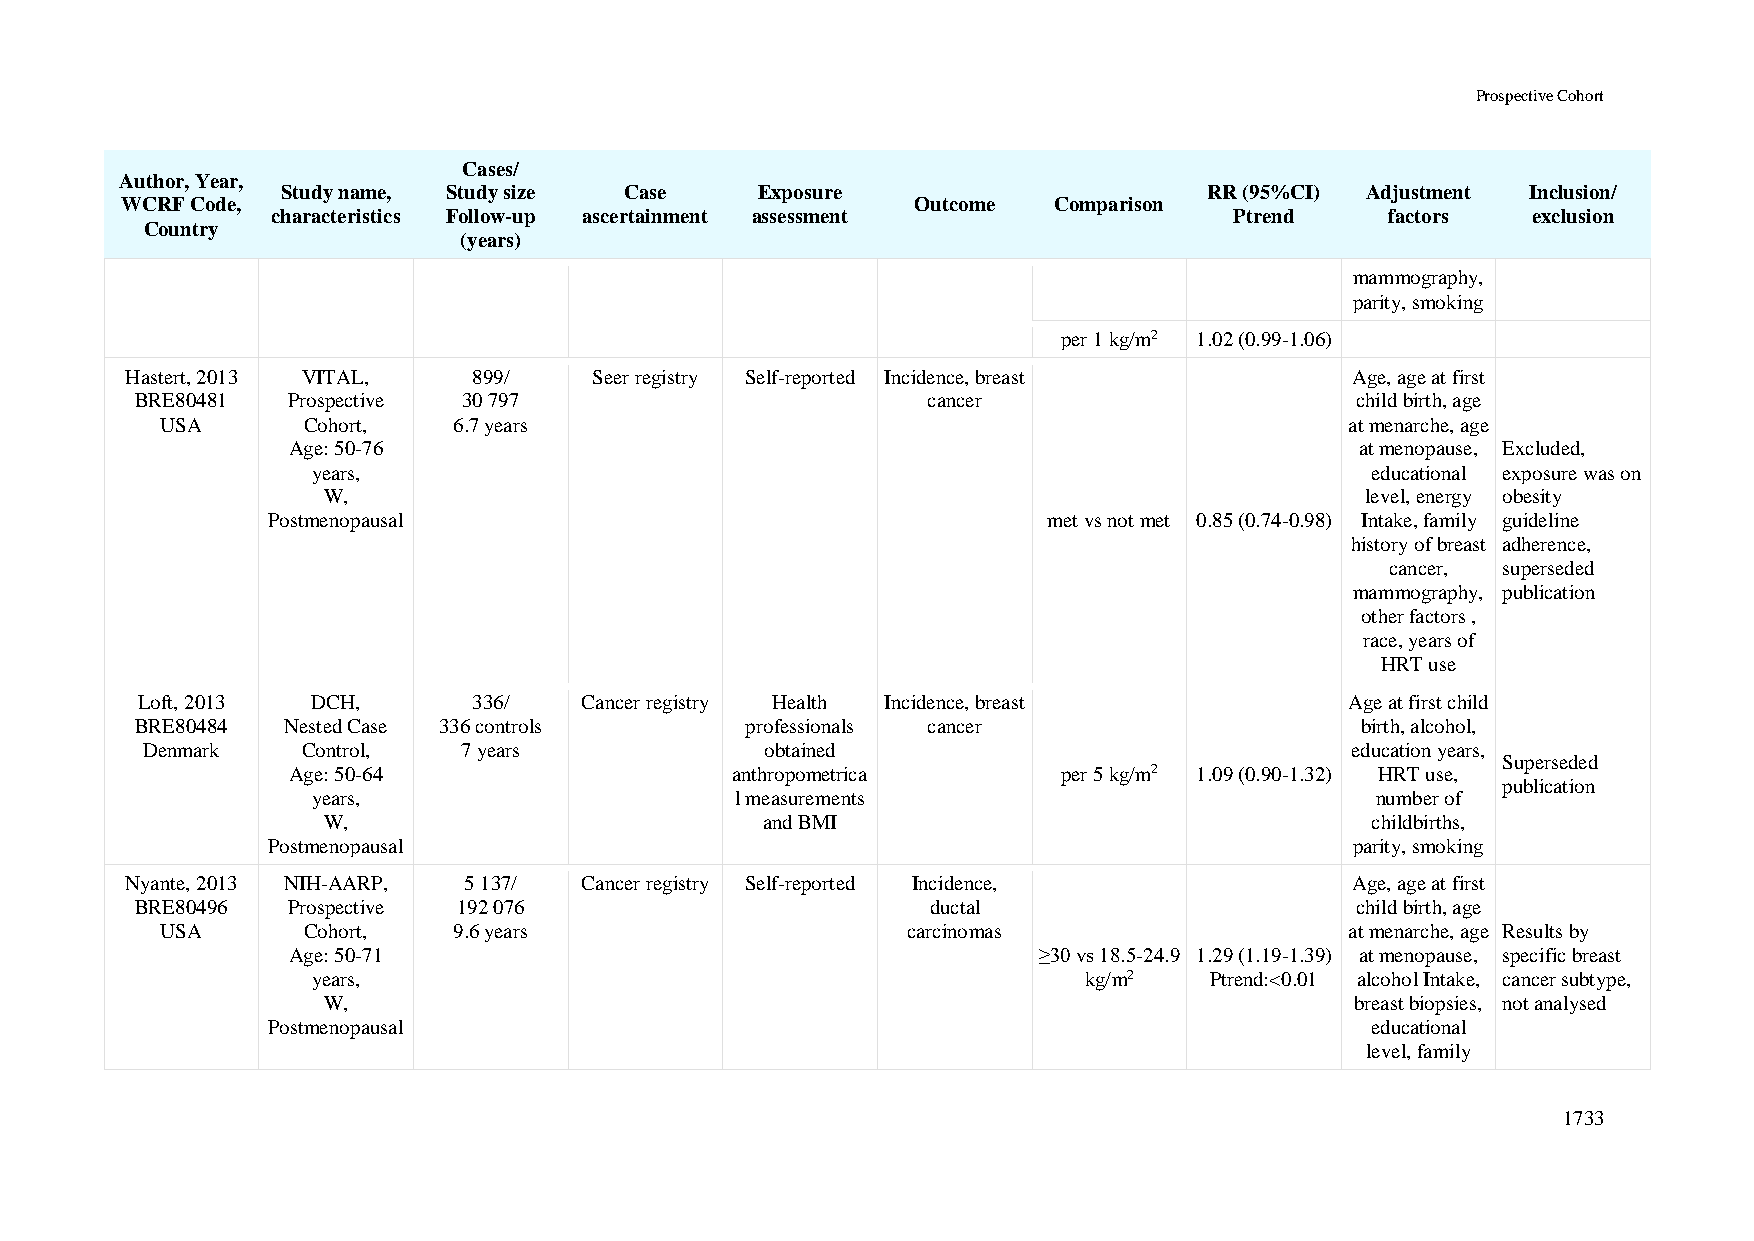
Prospective Cohort
 Cases/
 Author, Year,
 Study name, Study size Case    Exposure                      RR (95%CI) Adjustment Inclusion/
 WCRF Code,                                           Outcome  Comparison
 characteristics Follow-up ascertainment assessment              Ptrend    factors  exclusion
 Country
 (years)
 mammography,
 parity, smoking
 per 1 kg/m2 1.02 (0.99-1.06)
 Hastert, 2013 VITAL,   899/    Seer registry Self-reported Incidence, breast      Age, age at first
 BRE80481  Prospective 30 797                        cancer                       child birth, age
 USA      Cohort,   6.7 years                                                  at menarche, age
 Age: 50-76                                                             at menopause, Excluded,
 years,                                                                educational exposure was on
 W,                                                                   level, energy obesity
 Postmenopausal                                     met vs not met 0.85 (0.74-0.98) Intake, family guideline
 history of breast adherence,
 cancer, superseded
 mammography, publication
 other factors ,
 race, years of
 HRT use
 Loft, 2013  DCH,      336/   Cancer registry Health Incidence, breast           Age at first child
 BRE80484  Nested Case 336 controls      professionals cancer                     birth, alcohol,
 Denmark    Control,   7 years             obtained                              education years,
 Superseded
 Age: 50-64                   anthropometrica       per 5 kg/m2 1.09 (0.90-1.32) HRT use,
 publication
 years,                      l measurements                            number of
 W,                           and BMI                                  childbirths,
 Postmenopausal                                                          parity, smoking
 Nyante, 2013 NIH-AARP, 5 137/ Cancer registry Self-reported Incidence,            Age, age at first
 BRE80496  Prospective 192 076                        ductal                      child birth, age
 USA      Cohort,   9.6 years                     carcinomas                   at menarche, age Results by
 Age: 50-71                                        ≥30 vs 18.5-24.9 1.29 (1.19-1.39) at menopause, specific breast
 years,                                             kg/m2   Ptrend:<0.01 alcohol Intake, cancer subtype,
 W,                                                                   breast biopsies, not analysed
 Postmenopausal                                                           educational
 level, family
 1733